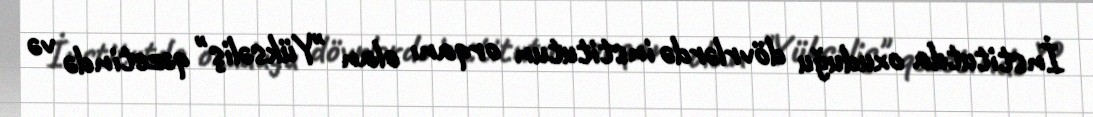
İnstitutda oxuduğu dövrlərdə institutun orqanı olan "Yüksəliş" qəzetində və